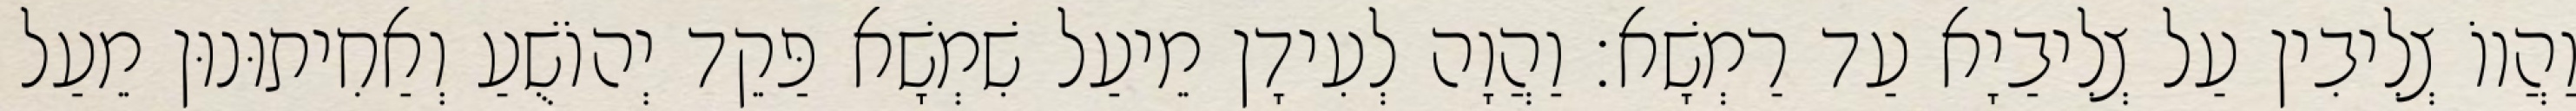
וַהֲווֹ צְלִיבִין עַל צְלִיבַיָא עַד רַמְשָׁא׃ וַהֲוָה לְעִידָן מֵיעַל שִׁמְשָׁא פַּקֵד יְהוֹשֻׁעַ וְאַחִיתוּנוּן מֵעַל